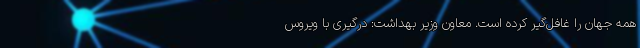
همه جهان را غافل‌گیر کرده است. معاون وزیر بهداشت: درگیری با ویروس